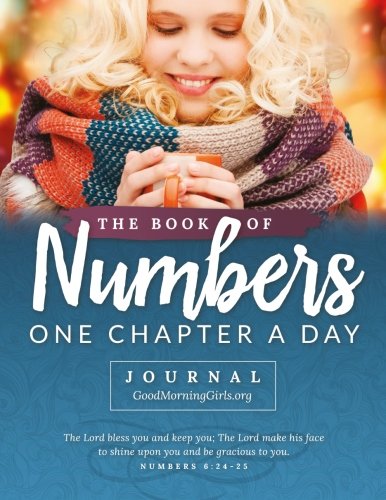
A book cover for The Book of Numbers Journal: One Chapter a Day; Courtney Joseph; Christian Books & Bibles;